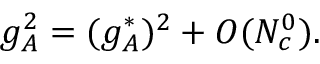
g _ { A } ^ { 2 } = ( g _ { A } ^ { * } ) ^ { 2 } + { \cal O } ( N _ { c } ^ { 0 } ) .